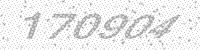
Solution: 170904